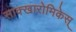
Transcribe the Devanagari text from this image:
साक्खारोमिकेस्